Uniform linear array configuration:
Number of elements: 64
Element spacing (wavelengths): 0.25
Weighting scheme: hann
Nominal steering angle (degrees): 60
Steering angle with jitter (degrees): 61.087
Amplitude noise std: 0.05
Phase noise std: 0.05

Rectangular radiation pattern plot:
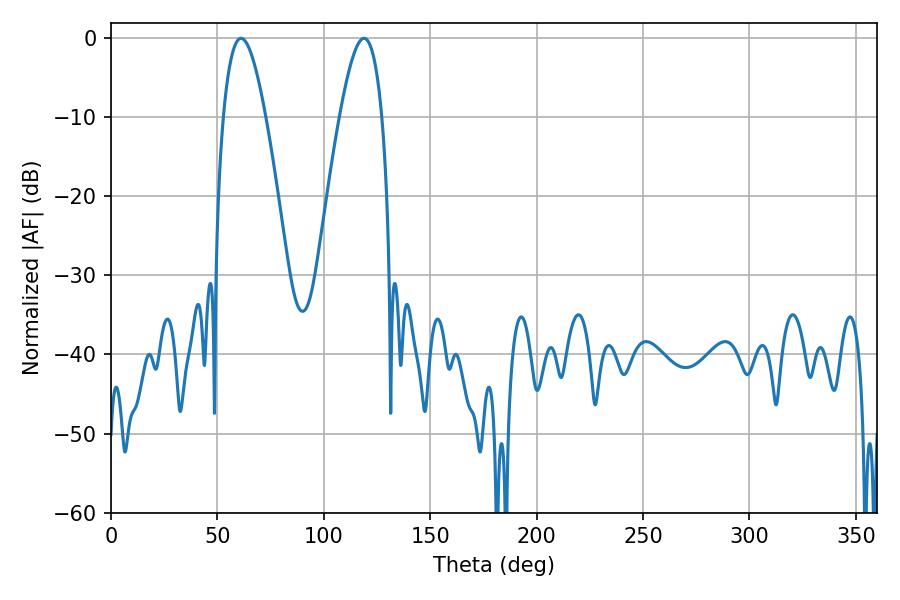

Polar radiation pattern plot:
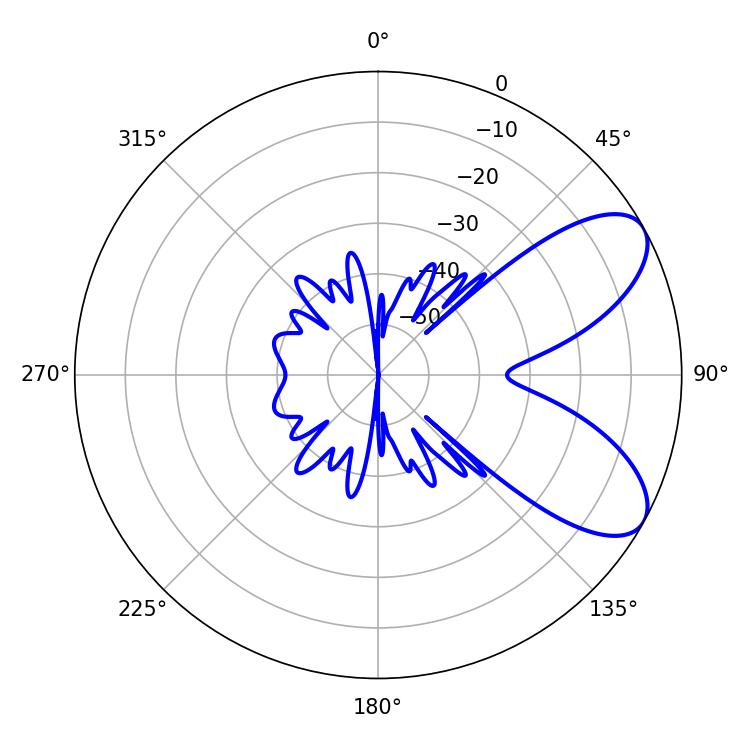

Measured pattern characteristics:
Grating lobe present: FALSE
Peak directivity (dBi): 7.449
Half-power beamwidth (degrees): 10.8
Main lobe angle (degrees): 61.02